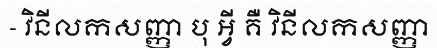
- វិនីលកសញ្ញា បុ អ្វី គឺ វិនីលកសញ្ញា